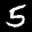
Label: 5